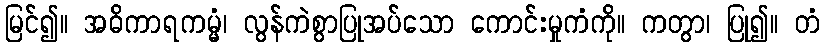
မြင်၍။ အဓိကာရကမ္မံ၊ လွန်ကဲစွာပြုအပ်သော ကောင်းမှုကံကို။ ကတွာ၊ ပြု၍။ တံ